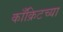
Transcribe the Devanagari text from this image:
काँक्रिटच्या